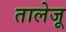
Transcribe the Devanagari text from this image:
तालेजू